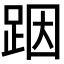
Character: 𮛘